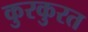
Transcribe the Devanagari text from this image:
कुरकुरत